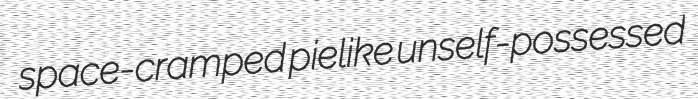
space-cramped pielike unself-possessed